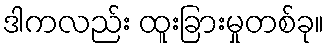
ဒါကလည်း ထူးခြားမှုတစ်ခု။